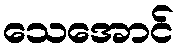
သေအောင်